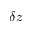
\delta z